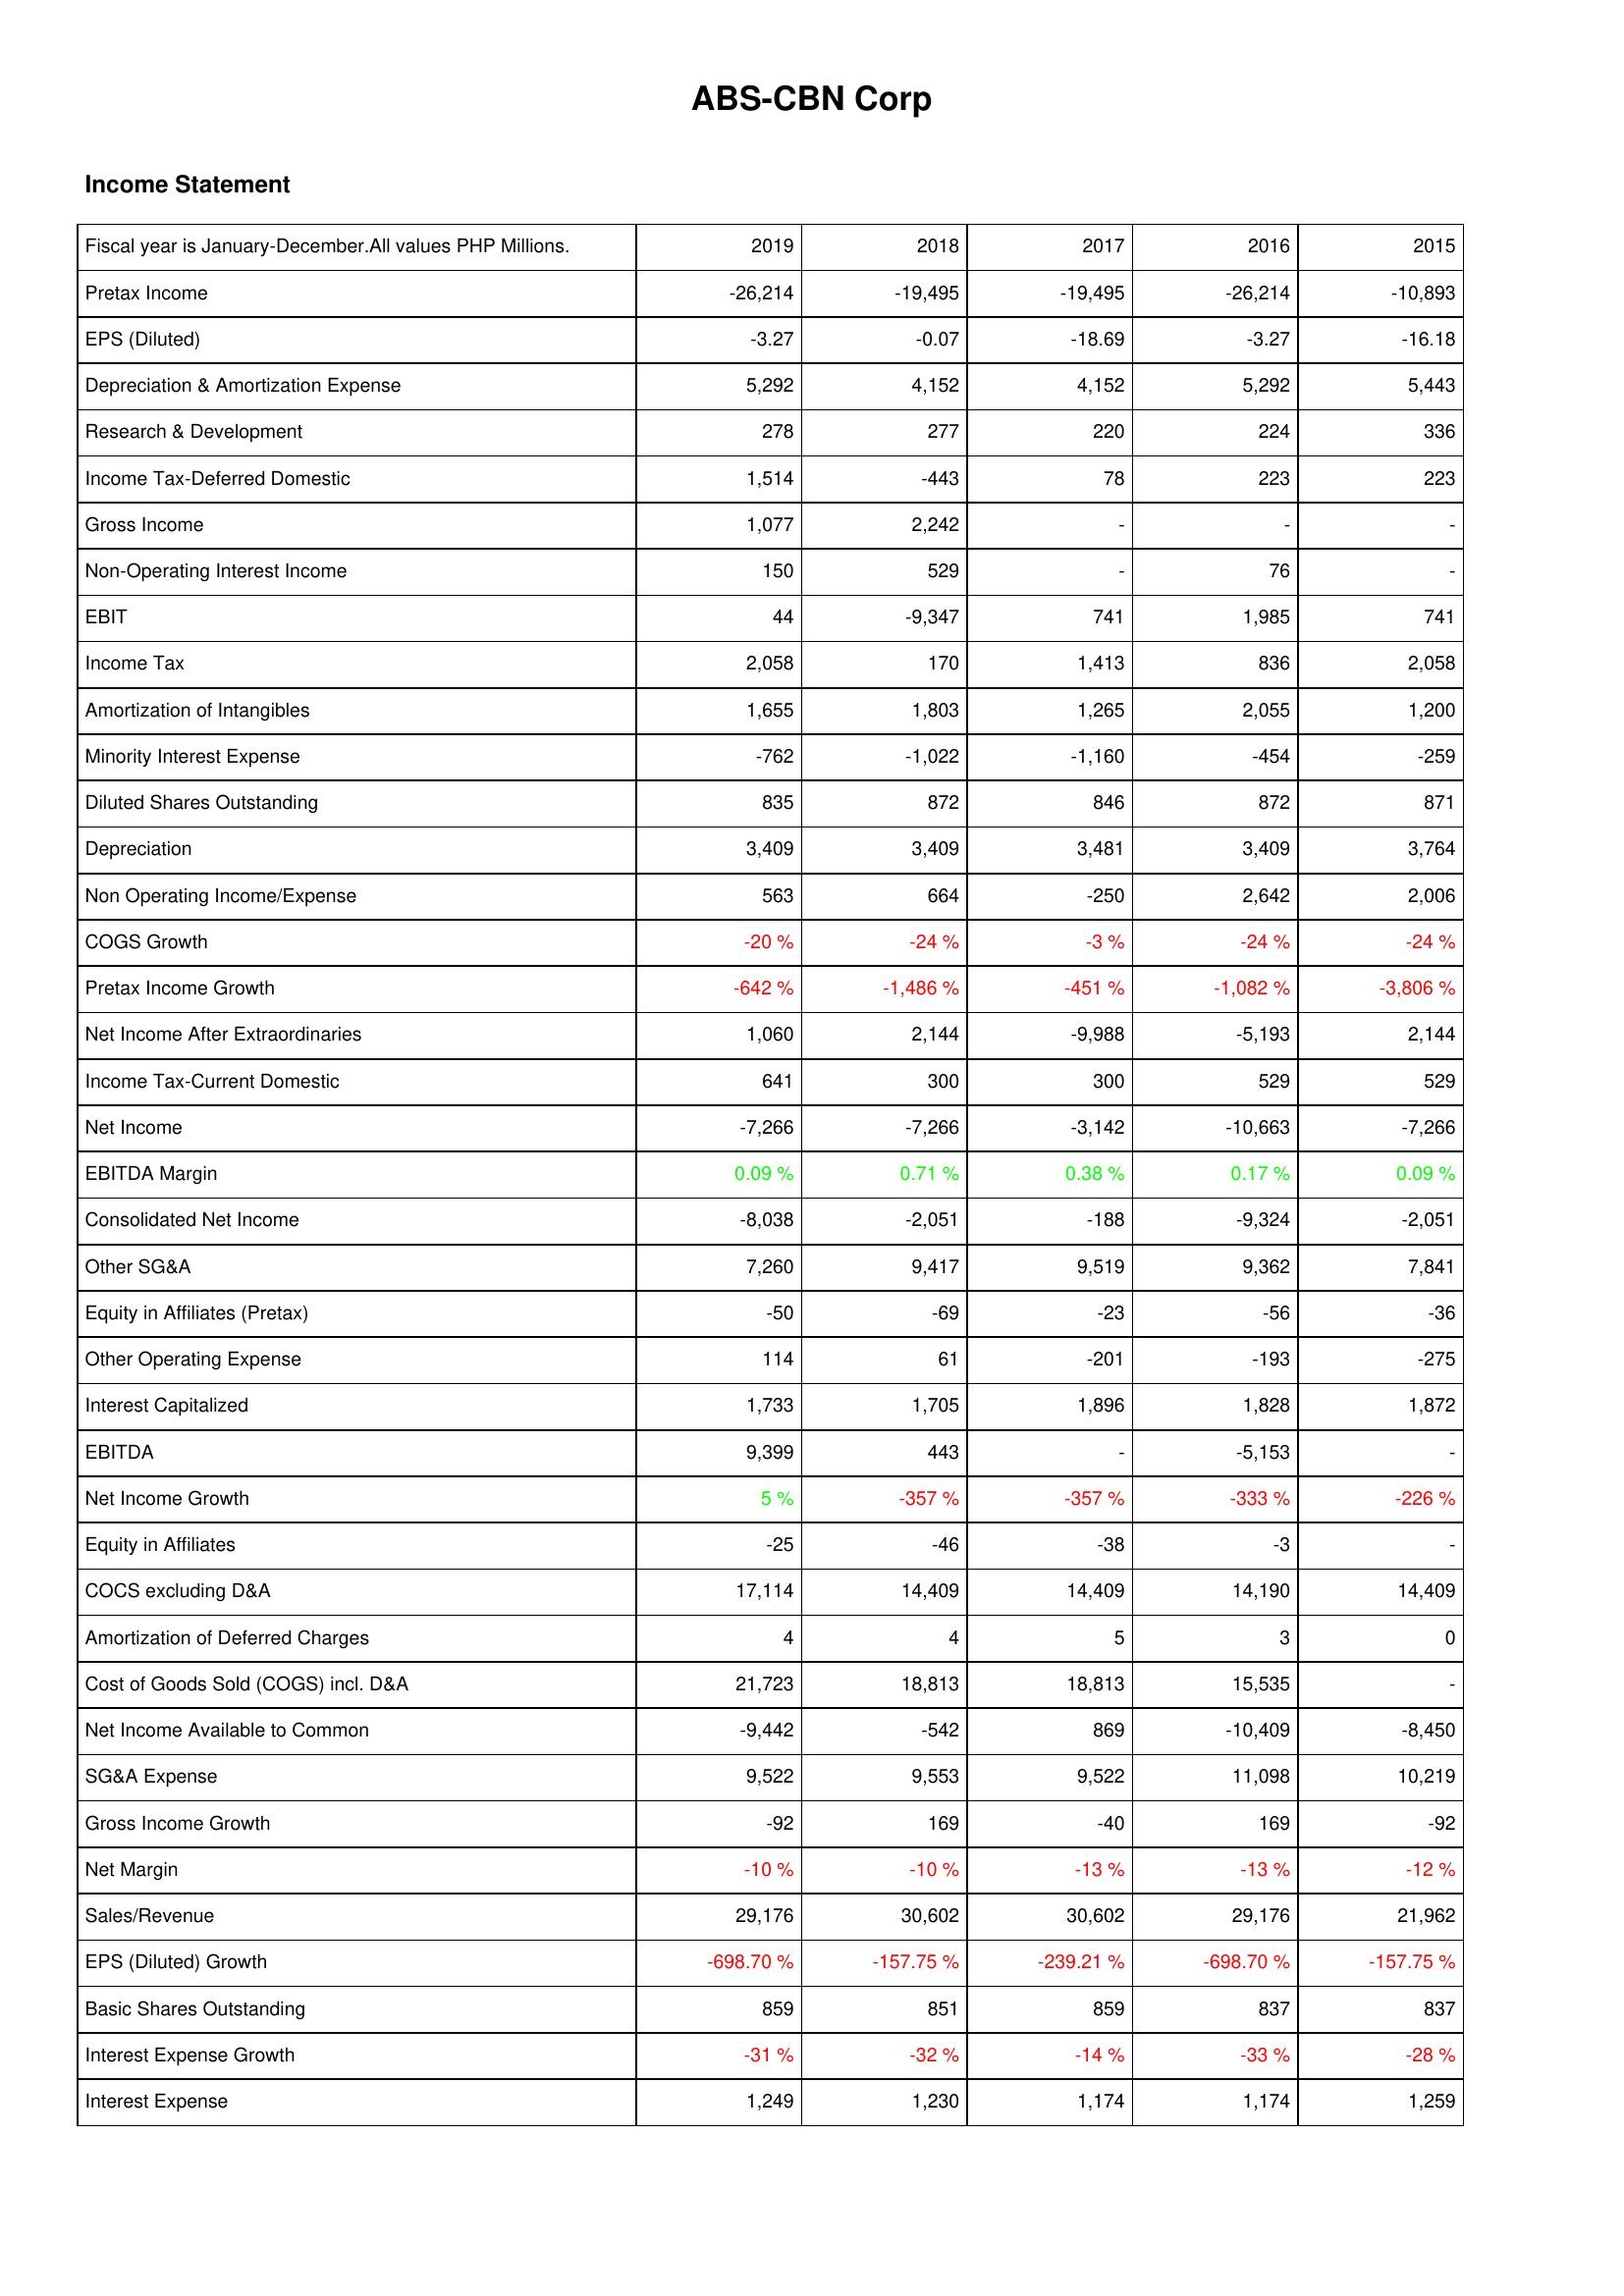
2019: Income Statement: Pretax Income: -26,214
EPS (Diluted): -3.27
Depreciation & Amortization Expense: 5,292
Research & Development: 278
Income Tax-Deferred Domestic: 1,514
Gross Income: 1,077
Non-Operating Interest Income: 150
EBIT: 44
Income Tax: 2,058
Amortization of Intangibles: 1,655
Minority Interest Expense: -762
Diluted Shares Outstanding: 835
Depreciation: 3,409
Non Operating Income/Expense: 563
COGS Growth: -20 %
Pretax Income Growth: -642 %
Net Income After Extraordinaries: 1,060
Income Tax-Current Domestic: 641
Net Income: -7,266
EBITDA Margin: 0.09 %
Consolidated Net Income: -8,038
Other SG&A: 7,260
Equity in Affiliates (Pretax): -50
Other Operating Expense: 114
Interest Capitalized: 1,733
EBITDA: 9,399
Net Income Growth: 5 %
Equity in Affiliates: -25
COCS excluding D&A: 17,114
Amortization of Deferred Charges: 4
Cost of Goods Sold (COGS) incl. D&A: 21,723
Net Income Available to Common: -9,442
SG&A Expense: 9,522
Gross Income Growth: -92
Net Margin: -10 %
Sales/Revenue: 29,176
EPS (Diluted) Growth: -698.70 %
Basic Shares Outstanding: 859
Interest Expense Growth: -31 %
Interest Expense: 1,249
2018: Income Statement: Pretax Income: -19,495
EPS (Diluted): -0.07
Depreciation & Amortization Expense: 4,152
Research & Development: 277
Income Tax-Deferred Domestic: -443
Gross Income: 2,242
Non-Operating Interest Income: 529
EBIT: -9,347
Income Tax: 170
Amortization of Intangibles: 1,803
Minority Interest Expense: -1,022
Diluted Shares Outstanding: 872
Depreciation: 3,409
Non Operating Income/Expense: 664
COGS Growth: -24 %
Pretax Income Growth: -1,486 %
Net Income After Extraordinaries: 2,144
Income Tax-Current Domestic: 300
Net Income: -7,266
EBITDA Margin: 0.71 %
Consolidated Net Income: -2,051
Other SG&A: 9,417
Equity in Affiliates (Pretax): -69
Other Operating Expense: 61
Interest Capitalized: 1,705
EBITDA: 443
Net Income Growth: -357 %
Equity in Affiliates: -46
COCS excluding D&A: 14,409
Amortization of Deferred Charges: 4
Cost of Goods Sold (COGS) incl. D&A: 18,813
Net Income Available to Common: -542
SG&A Expense: 9,553
Gross Income Growth: 169
Net Margin: -10 %
Sales/Revenue: 30,602
EPS (Diluted) Growth: -157.75 %
Basic Shares Outstanding: 851
Interest Expense Growth: -32 %
Interest Expense: 1,230
2017: Income Statement: Pretax Income: -19,495
EPS (Diluted): -18.69
Depreciation & Amortization Expense: 4,152
Research & Development: 220
Income Tax-Deferred Domestic: 78
Gross Income: -
Non-Operating Interest Income: -
EBIT: 741
Income Tax: 1,413
Amortization of Intangibles: 1,265
Minority Interest Expense: -1,160
Diluted Shares Outstanding: 846
Depreciation: 3,481
Non Operating Income/Expense: -250
COGS Growth: -3 %
Pretax Income Growth: -451 %
Net Income After Extraordinaries: -9,988
Income Tax-Current Domestic: 300
Net Income: -3,142
EBITDA Margin: 0.38 %
Consolidated Net Income: -188
Other SG&A: 9,519
Equity in Affiliates (Pretax): -23
Other Operating Expense: -201
Interest Capitalized: 1,896
EBITDA: -
Net Income Growth: -357 %
Equity in Affiliates: -38
COCS excluding D&A: 14,409
Amortization of Deferred Charges: 5
Cost of Goods Sold (COGS) incl. D&A: 18,813
Net Income Available to Common: 869
SG&A Expense: 9,522
Gross Income Growth: -40
Net Margin: -13 %
Sales/Revenue: 30,602
EPS (Diluted) Growth: -239.21 %
Basic Shares Outstanding: 859
Interest Expense Growth: -14 %
Interest Expense: 1,174
2016: Income Statement: Pretax Income: -26,214
EPS (Diluted): -3.27
Depreciation & Amortization Expense: 5,292
Research & Development: 224
Income Tax-Deferred Domestic: 223
Gross Income: -
Non-Operating Interest Income: 76
EBIT: 1,985
Income Tax: 836
Amortization of Intangibles: 2,055
Minority Interest Expense: -454
Diluted Shares Outstanding: 872
Depreciation: 3,409
Non Operating Income/Expense: 2,642
COGS Growth: -24 %
Pretax Income Growth: -1,082 %
Net Income After Extraordinaries: -5,193
Income Tax-Current Domestic: 529
Net Income: -10,663
EBITDA Margin: 0.17 %
Consolidated Net Income: -9,324
Other SG&A: 9,362
Equity in Affiliates (Pretax): -56
Other Operating Expense: -193
Interest Capitalized: 1,828
EBITDA: -5,153
Net Income Growth: -333 %
Equity in Affiliates: -3
COCS excluding D&A: 14,190
Amortization of Deferred Charges: 3
Cost of Goods Sold (COGS) incl. D&A: 15,535
Net Income Available to Common: -10,409
SG&A Expense: 11,098
Gross Income Growth: 169
Net Margin: -13 %
Sales/Revenue: 29,176
EPS (Diluted) Growth: -698.70 %
Basic Shares Outstanding: 837
Interest Expense Growth: -33 %
Interest Expense: 1,174
2015: Income Statement: Pretax Income: -10,893
EPS (Diluted): -16.18
Depreciation & Amortization Expense: 5,443
Research & Development: 336
Income Tax-Deferred Domestic: 223
Gross Income: -
Non-Operating Interest Income: -
EBIT: 741
Income Tax: 2,058
Amortization of Intangibles: 1,200
Minority Interest Expense: -259
Diluted Shares Outstanding: 871
Depreciation: 3,764
Non Operating Income/Expense: 2,006
COGS Growth: -24 %
Pretax Income Growth: -3,806 %
Net Income After Extraordinaries: 2,144
Income Tax-Current Domestic: 529
Net Income: -7,266
EBITDA Margin: 0.09 %
Consolidated Net Income: -2,051
Other SG&A: 7,841
Equity in Affiliates (Pretax): -36
Other Operating Expense: -275
Interest Capitalized: 1,872
EBITDA: -
Net Income Growth: -226 %
Equity in Affiliates: -
COCS excluding D&A: 14,409
Amortization of Deferred Charges: 0
Cost of Goods Sold (COGS) incl. D&A: -
Net Income Available to Common: -8,450
SG&A Expense: 10,219
Gross Income Growth: -92
Net Margin: -12 %
Sales/Revenue: 21,962
EPS (Diluted) Growth: -157.75 %
Basic Shares Outstanding: 837
Interest Expense Growth: -28 %
Interest Expense: 1,259